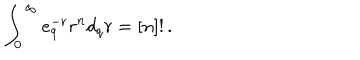
\int _ { 0 } ^ { \infty } e _ { q } ^ { - r } r ^ { n } d _ { q } r = [ n ] ! \, .